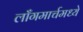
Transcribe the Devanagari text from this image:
लाँगमार्चमध्ये